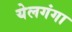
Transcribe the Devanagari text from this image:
येलगंगा